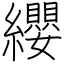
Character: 纓